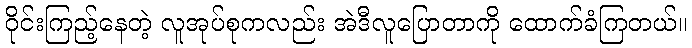
ဝိုင်းကြည့်နေတဲ့ လူအုပ်စုကလည်း အဲဒီလူပြောတာကို ထောက်ခံကြတယ်။